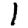
Digit: 1